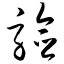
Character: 验